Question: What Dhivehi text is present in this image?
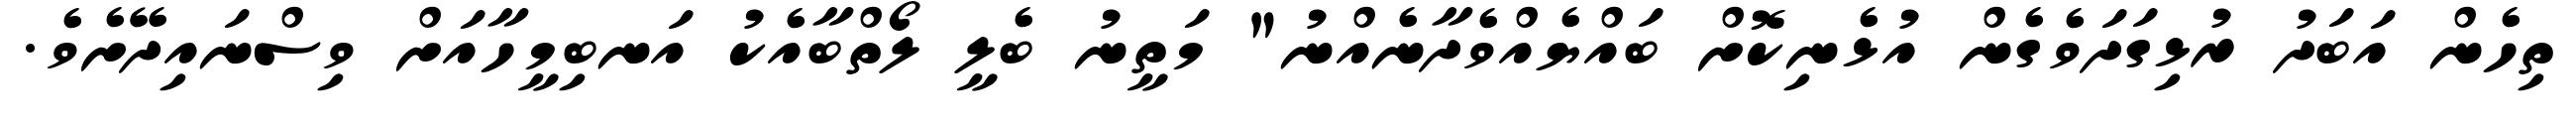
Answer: ތިހެން އަބަދު ރުޅިގަދަވެގެން އުޅެނިކޮށް ބައްޔެއްވެދާނެއްނު" މަތީނު ބެލީ ލޯތްބާއެކު އަނބިމީހާއަށް ވިސްނައިދޭށެވެ.